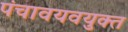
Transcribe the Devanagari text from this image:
पंचावयवयुक्त